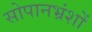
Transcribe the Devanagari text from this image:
सोपानभ्रंशों